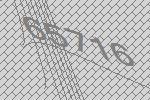
65716